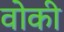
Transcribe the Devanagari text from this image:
वोकी